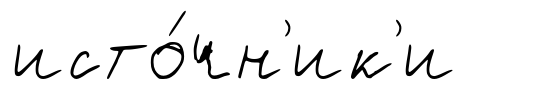
исто́чн'ик'и